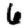
Digit: 6